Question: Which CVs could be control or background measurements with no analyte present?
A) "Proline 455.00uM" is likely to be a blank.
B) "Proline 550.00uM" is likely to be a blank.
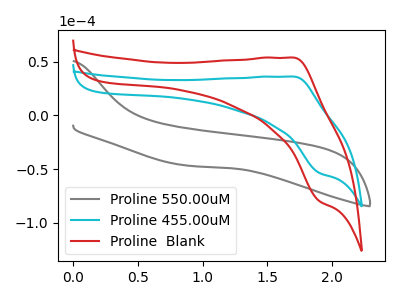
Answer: <think>The gray curve "Proline 550.00uM" has no peaks. The cyan curve "Proline 455.00uM" has an anodic peak at (1.70V, 36.10uA) and a cathodic peak at (1.90V, -53.60uA). The red curve "Proline  Blank" has an anodic peak at (1.70V, 53.75uA) and a cathodic peak at (1.90V, -79.75uA).</think>
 <answer>B) "Proline 550.00uM" is likely to be a blank.</answer>
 <eval>B</eval>